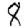
Digit: 8